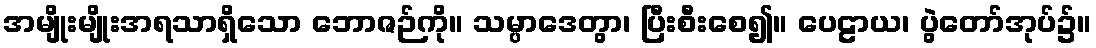
အမျိုးမျိုးအရသာရှိသော ဘောဇဉ်ကို။ သမ္ပာဒေတွာ၊ ပြီးစီးစေ၍။ ပေဠာယ၊ ပွဲတော်အုပ်၌။